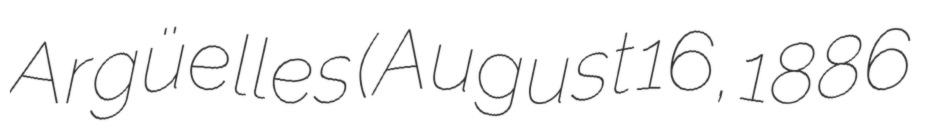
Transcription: Argüelles (August 16, 1886